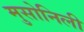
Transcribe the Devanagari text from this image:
मुसोनिली